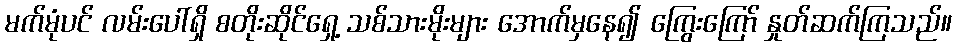
မက်မုံပင် လမ်းပေါ်ရှိ စတိုးဆိုင်ရှေ့ သစ်သားမိုးများ အောက်မှနေ၍ ကြွေးကြော် နှုတ်ဆက်ကြသည်။